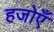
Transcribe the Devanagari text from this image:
हजोएँ